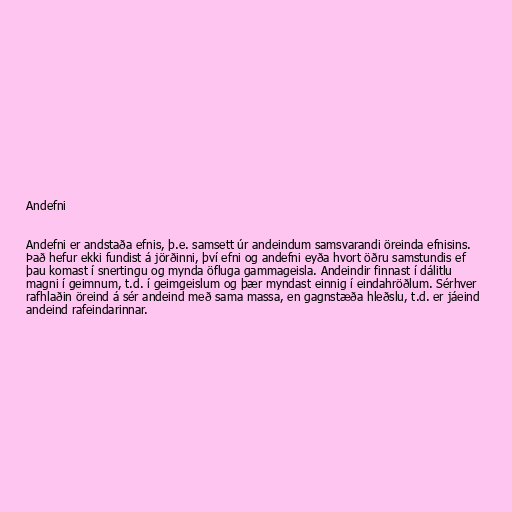
Andefni

Andefni er andstaða efnis, þ.e. samsett úr andeindum samsvarandi öreinda efnisins.
Það hefur ekki fundist á jörðinni, því efni og andefni eyða hvort öðru samstundis ef
þau komast í snertingu og mynda öfluga gammageisla. Andeindir finnast í dálitlu
magni í geimnum, t.d. í geimgeislum og þær myndast einnig í eindahröðlum. Sérhver
rafhlaðin öreind á sér andeind með sama massa, en gagnstæða hleðslu, t.d. er jáeind
andeind rafeindarinnar.